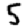
Digit: 5